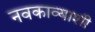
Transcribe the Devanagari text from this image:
नवकाव्याशी